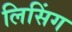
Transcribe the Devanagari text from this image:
लिसिंग